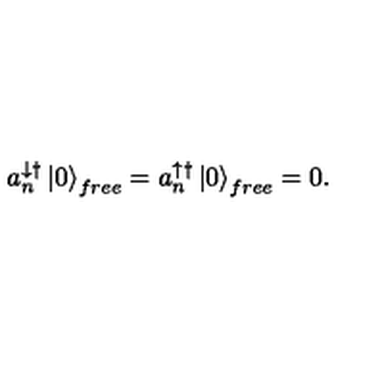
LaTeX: a _ { n } ^ { \downarrow \dagger } \left| 0 \right\rangle _ { f r e e } = a _ { n } ^ { \uparrow \dagger } \left| 0 \right\rangle _ { f r e e } = 0 .